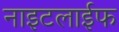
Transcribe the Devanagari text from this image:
नाइटलाईफ